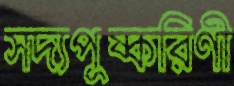
সদ্যপুষ্করিণী